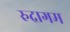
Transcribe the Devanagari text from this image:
रुद्रागम